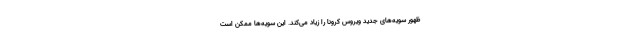
ظهور سویه‌های جدید ویروس کرونا را زیاد می‌کند. این سویه‌ها ممکن است